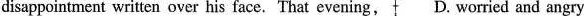
disappointment written over his face. That evening, D. worried and angry